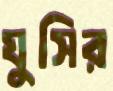
ঘুসির